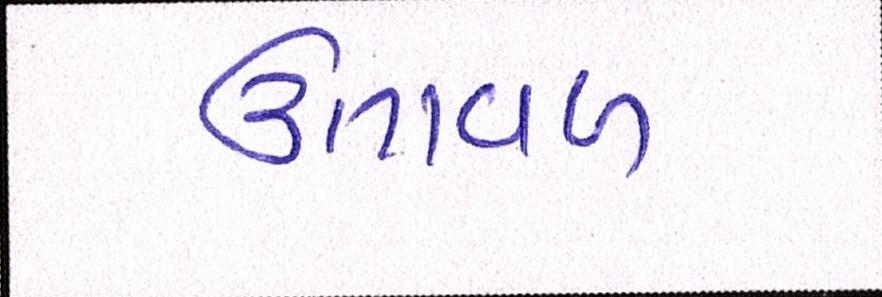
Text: ઉતાવળ